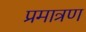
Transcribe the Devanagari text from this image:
प्रमात्रण